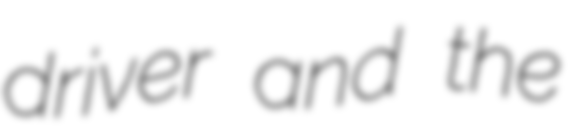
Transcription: driver and the